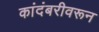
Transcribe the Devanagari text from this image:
कांदंबरीवरून